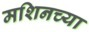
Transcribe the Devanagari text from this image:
मशिनच्या